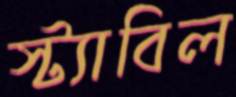
স্ট্যাবিল